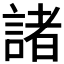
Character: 諸